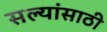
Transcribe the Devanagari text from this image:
सल्यांसाठी